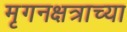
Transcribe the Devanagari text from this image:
मृगनक्षत्राच्या